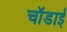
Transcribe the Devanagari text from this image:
चॉडाई